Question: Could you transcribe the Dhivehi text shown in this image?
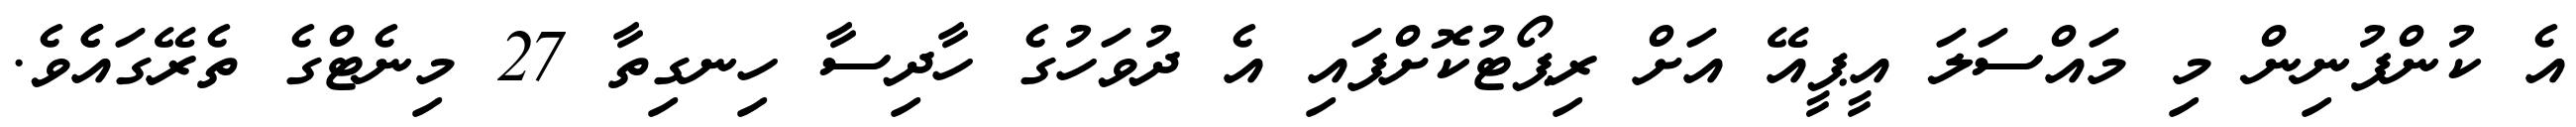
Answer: އެ ކުންފުނިން މި މައްސަލަ އީޕީއޭ އަށް ރިޕޯޓުކޮށްފައި އެ ދުވަހުގެ ހާދިސާ ހިނގިތާ 27 މިނެޓްގެ ތެރޭގައެެވެ.